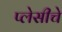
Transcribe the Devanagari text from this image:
प्लेसीचे